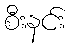
စီးနင်း